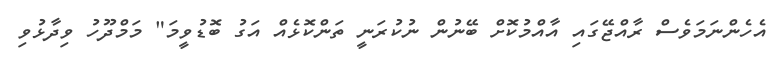
އެހެންނަމަވެސް ރާއްޖޭގައި އާއްމުކޮށް ބޭނުން ނުކުރަނީ ތަންކޮޅެއް އަގު ބޮޑުވީމަ" މަމްދޫހު ވިދާޅުވި